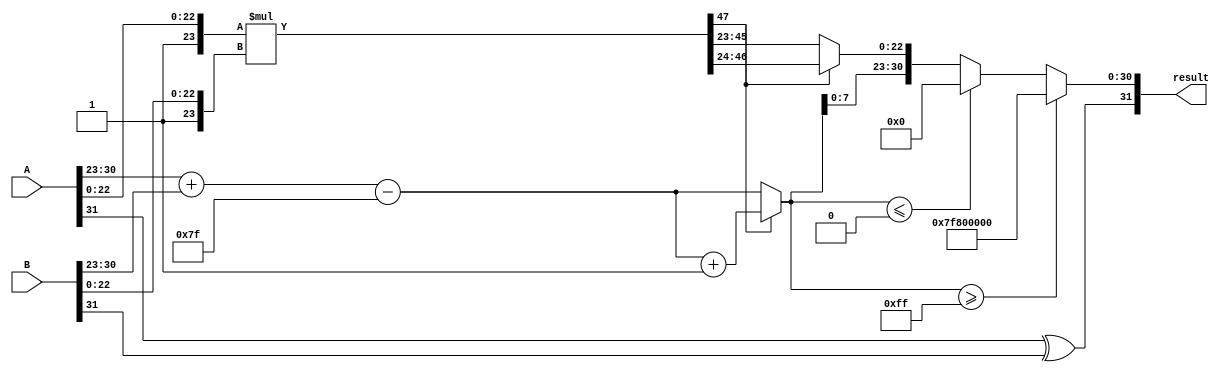
module fp_wallace_tree_multiplier (
    input [31:0] A, // First floating-point input
    input [31:0] B, // Second floating-point input
    output reg [31:0] result // Resulting floating-point output
);

    // Constants for single precision
    localparam EXP_BIAS = 127;
    localparam MANTISSA_BITS = 23;

    // Extracting sign, exponent and mantissa
    wire sign_A = A[31];
    wire sign_B = B[31];
    wire [7:0] exp_A = A[30:23];
    wire [7:0] exp_B = B[30:23];
    wire [23:0] mant_A = {1'b1, A[22:0]}; // Implicit leading 1 for normalized numbers
    wire [23:0] mant_B = {1'b1, B[22:0]}; // Implicit leading 1 for normalized numbers

    // Sign of the result
    wire sign_result = sign_A ^ sign_B;

    // Exponent calculation
    wire [8:0] exp_sum = {1'b0, exp_A} + {1'b0, exp_B} - EXP_BIAS;

    // Mantissa multiplication (using simple multiplication for illustration)
    wire [47:0] mant_product = mant_A * mant_B; // 24 bits * 24 bits = 48 bits

    // Normalization
    reg [23:0] mantissa_result;
    reg [8:0] exponent_result;
    reg normalized;

    always @(*) begin
        // Check for normalization
        if (mant_product[47]) begin
            // Shift right if the product is too large
            mantissa_result = mant_product[47:24]; // Shift right by 1
            exponent_result = exp_sum + 1; // Increase exponent
        end else begin
            mantissa_result = mant_product[46:23]; // Use the product directly
            exponent_result = exp_sum; // No change in exponent
        end

        // Handle exponent overflow/underflow
        if (exponent_result >= 8'hFF) begin
            result = {sign_result, 8'hFF, 23'b0}; // Set to infinity
        end else if (exponent_result <= 0) begin
            result = {sign_result, 8'b0, 23'b0}; // Set to zero
        end else begin
            // Construct the final result
            result = {sign_result, exponent_result[7:0], mantissa_result[22:0]};
        end
    end

endmodule